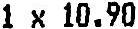
1 X 10.90